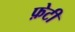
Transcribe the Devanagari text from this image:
फ़ेटी